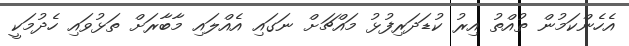
އެހެންކަމުން ތުއްތު އިރު ކުޑަދަރިފުޅު މައްޗަށް ނަގައި އެއްލައި މާބާރަށް ތަޅުވައި ހެދުމަކީ